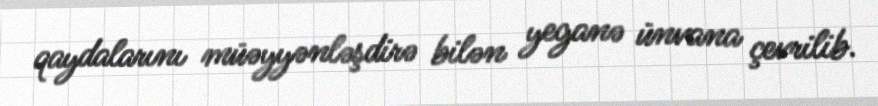
qaydalarını müəyyənləşdirə bilən yeganə ünvana çevrilib.